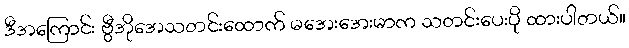
ဒီအကြောင်း ဗွီအိုအေသတင်းထောက် မအေးအေးမာက သတင်းပေးပို ထားပါတယ်။